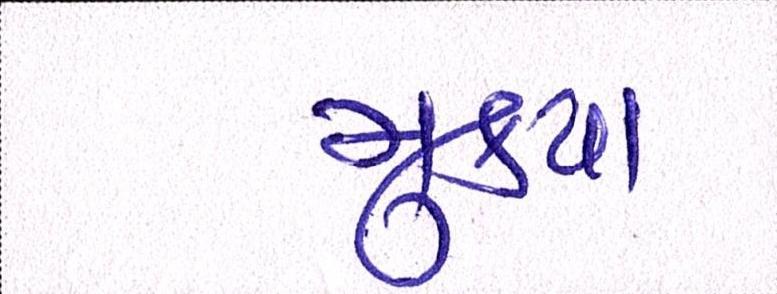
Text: મુક્યા